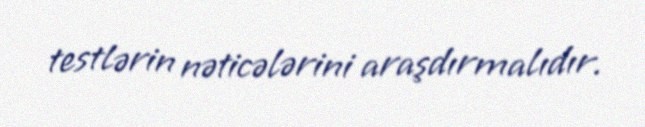
testlərin nəticələrini araşdırmalıdır.